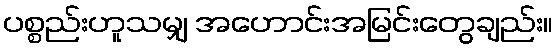
ပစ္စည်းဟူသမျှ အဟောင်းအမြင်းတွေချည်း။